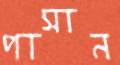
পাসান